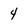
Character: 4